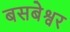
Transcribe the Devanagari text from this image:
बसबेश्वर